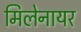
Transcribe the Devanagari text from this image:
मिलेनायर